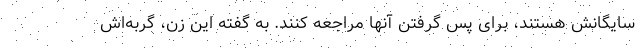
سایگانش هستند، برای پس گرفتن آنها مراجعه کنند. به گفته این زن، گربه‌اش